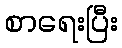
စာရေးပြီး